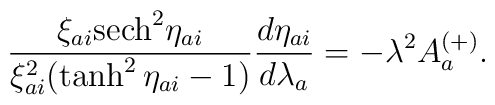
\frac{\xi_{ai} {\rm sech}^2 \eta_{ai}}{\xi_{ai}^2 ( \tanh^2 \eta_{ai} - 1 )}  \frac{d\eta_{ai}}{d\lambda_a} = - \lambda^2 A_a^{(+)}.